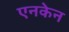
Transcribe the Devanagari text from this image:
एनकेन